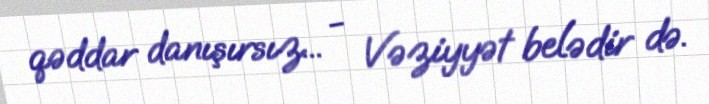
qəddar danışırsız... - Vəziyyət belədir də.